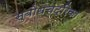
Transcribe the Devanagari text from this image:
सुबोधचंद्रिका